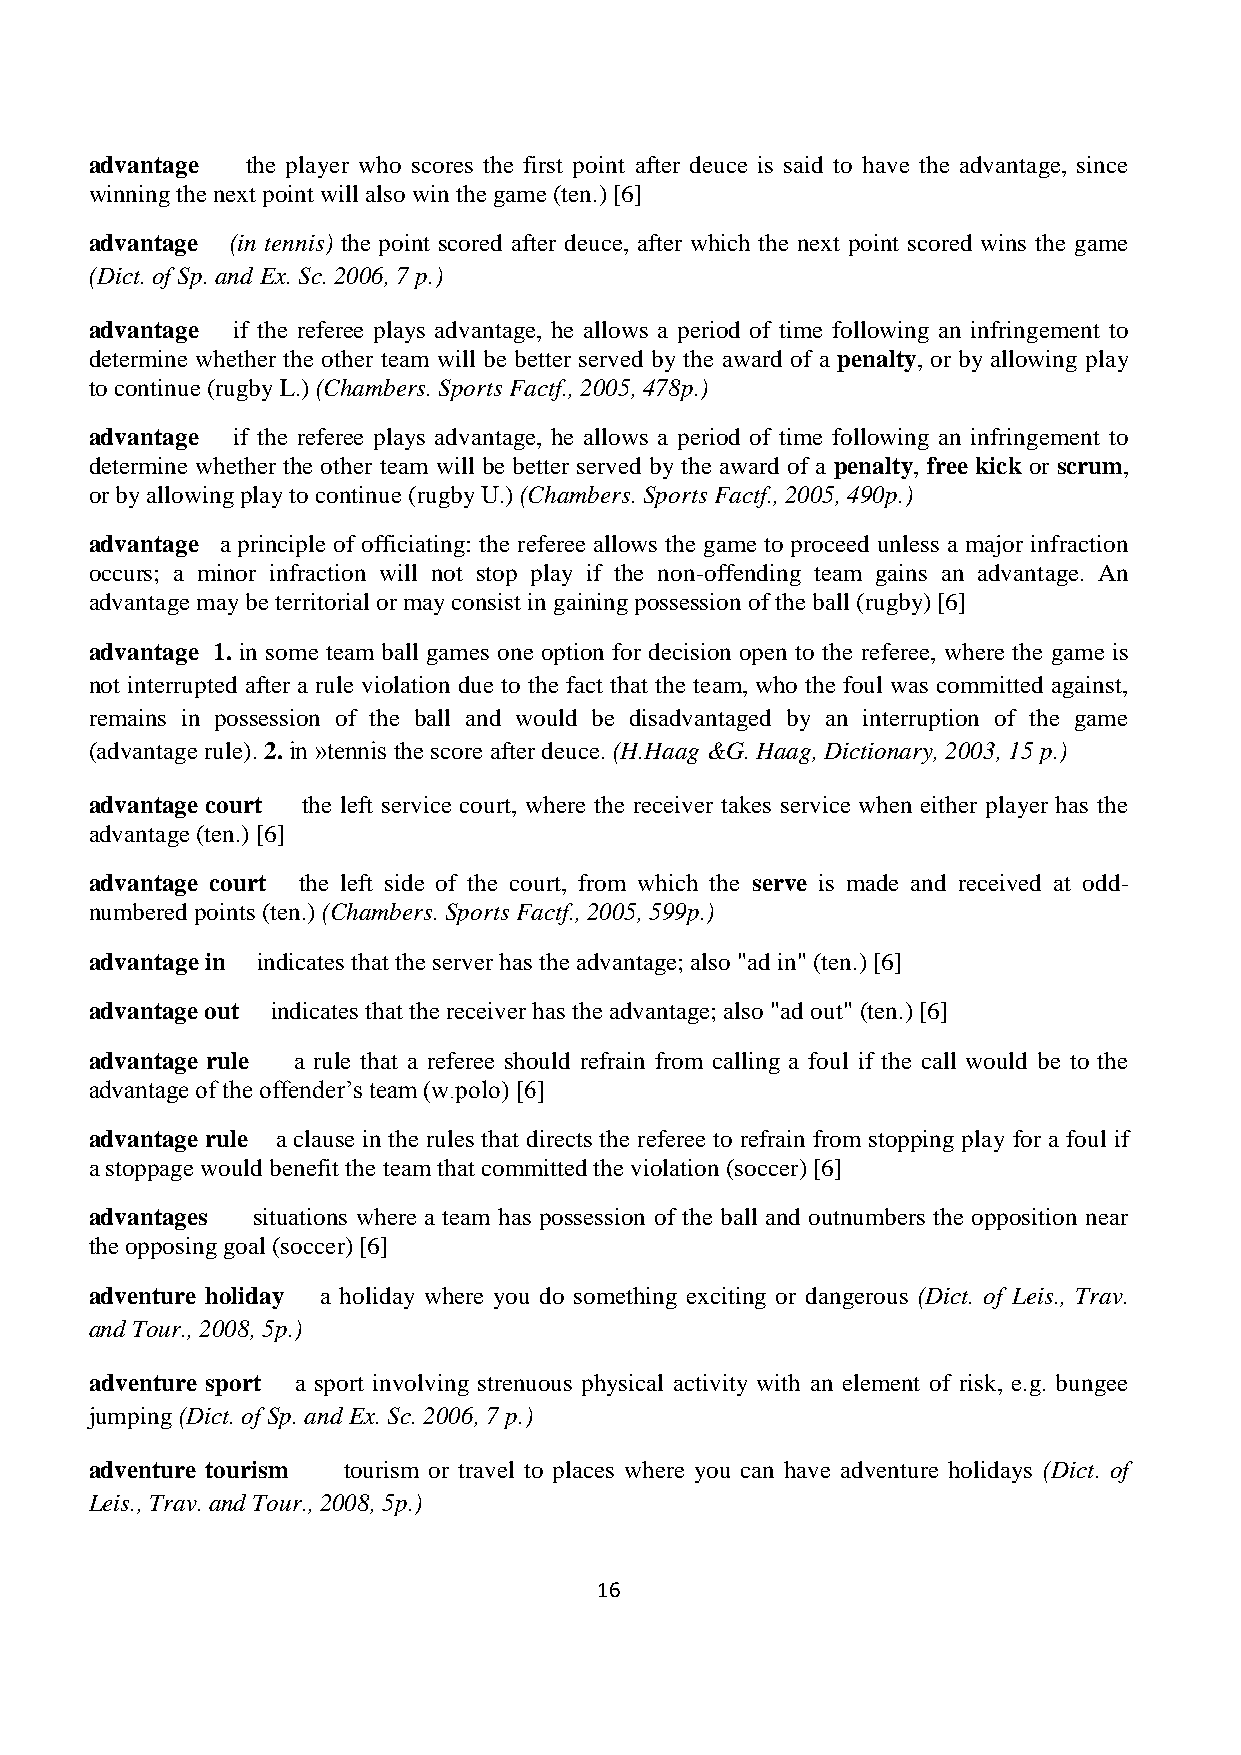
advantage the player who scores the first point after deuce is said to have the advantage, since
 winning the next point will also win the game (ten.) [6]
 advantage (in tennis) the point scored after deuce, after which the next point scored wins the game
 (Dict. of Sp. and Ex. Sc. 2006, 7 p.)
 advantage if the referee plays advantage, he allows a period of time following an infringement to
 determine whether the other team will be better served by the award of a penalty, or by allowing play
 to continue (rugby L.) (Chambers. Sports Factf., 2005, 478p.)
 advantage if the referee plays advantage, he allows a period of time following an infringement to
 determine whether the other team will be better served by the award of a penalty, free kick or scrum,
 or by allowing play to continue (rugby U.) (Chambers. Sports Factf., 2005, 490p.)
 advantage a principle of officiating: the referee allows the game to proceed unless a major infraction
 occurs; a minor infraction will not stop play if the non-offending team gains an advantage. An
 advantage may be territorial or may consist in gaining possession of the ball (rugby) [6]
 advantage 1. in some team ball games one option for decision open to the referee, where the game is
 not interrupted after a rule violation due to the fact that the team, who the foul was committed against,
 remains in possession of the ball and would be disadvantaged by an interruption of the game
 (advantage rule). 2. in »tennis the score after deuce. (H.Haag &G. Haag, Dictionary, 2003, 15 p.)
 advantage court the left service court, where the receiver takes service when either player has the
 advantage (ten.) [6]
 advantage court the left side of the court, from which the serve is made and received at odd-
 numbered points (ten.) (Chambers. Sports Factf., 2005, 599p.)
 advantage in indicates that the server has the advantage; also "ad in" (ten.) [6]
 advantage out indicates that the receiver has the advantage; also "ad out" (ten.) [6]
 advantage rule a rule that a referee should refrain from calling a foul if the call would be to the
 advantage of the offender’s team (w.polo) [6]
 advantage rule a clause in the rules that directs the referee to refrain from stopping play for a foul if
 a stoppage would benefit the team that committed the violation (soccer) [6]
 advantages situations where a team has possession of the ball and outnumbers the opposition near
 the opposing goal (soccer) [6]
 adventure holiday a holiday where you do something exciting or dangerous (Dict. of Leis., Trav.
 and Tour., 2008, 5p.)
 adventure sport a sport involving strenuous physical activity with an element of risk, e.g. bungee
 jumping (Dict. of Sp. and Ex. Sc. 2006, 7 p.)
 adventure tourism tourism or travel to places where you can have adventure holidays (Dict. of
 Leis., Trav. and Tour., 2008, 5p.)
 16